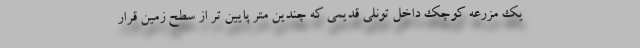
یک مزرعه کوچک داخل تونلی قدیمی که چندین متر پایین تر از سطح زمین قرار